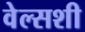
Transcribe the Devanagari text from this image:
वेल्सशी